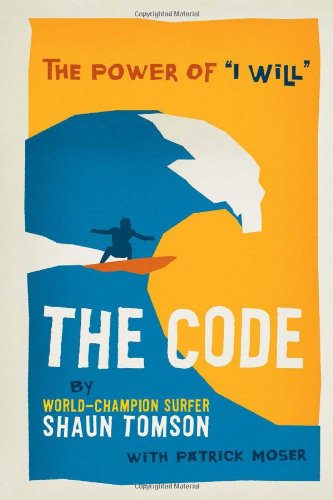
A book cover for The Code: The Power of "I Will"; Shaun Tomson; Teen & Young Adult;